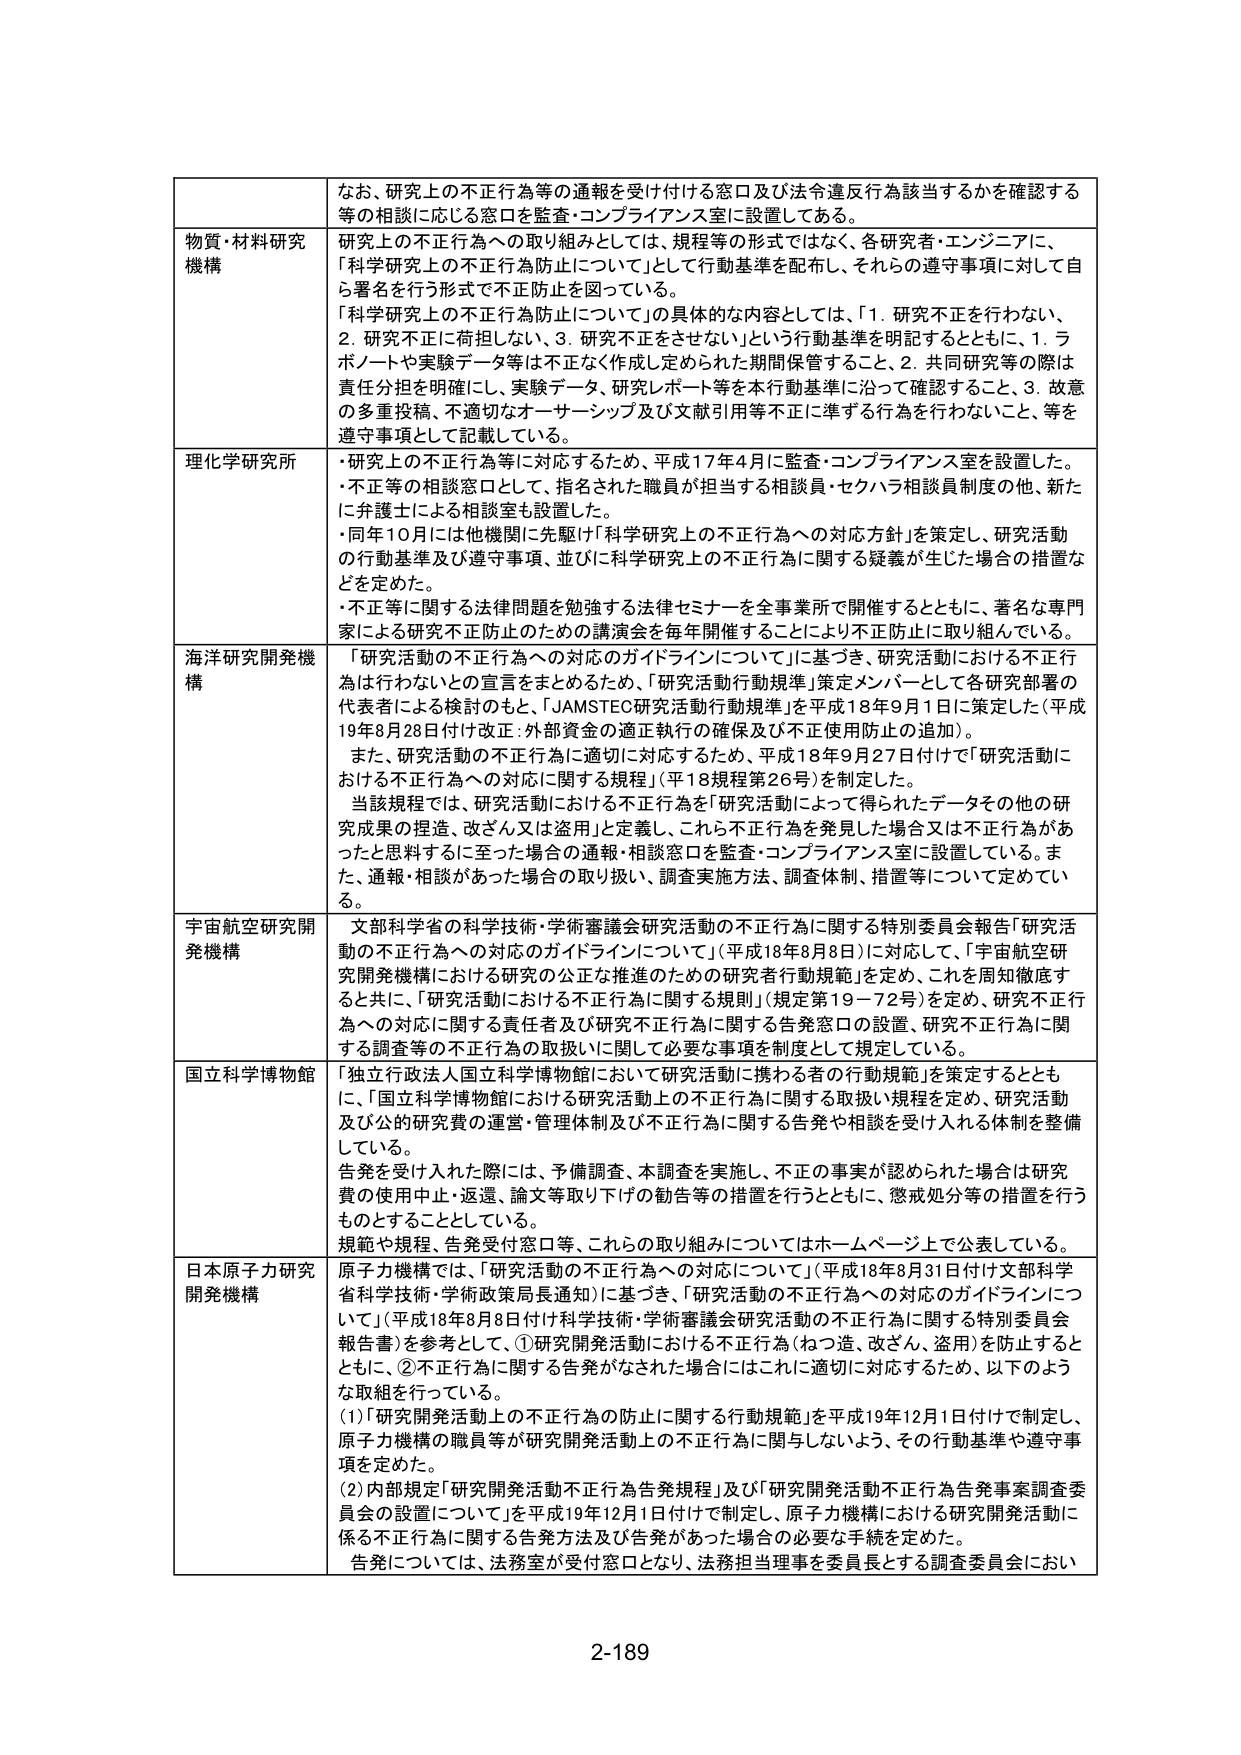
なお、研究上の不正行為等の通報を受け付ける窓口及び法令違反行為該当するかを確認する等の相談に応じる窓口を監査・コンプライアンス室に設置してある。

物質・材料研究機構
研究上の不正行為への取り組みとしては、規程等の形式ではなく、各研究者・エンジニアに、「科学研究上の不正行為防止について」として行動基準を配布し、それらの遵守事項に対して自ら署名を行う形式で不正防止に図っている。
「科学研究上の不正行為防止について」の具体的な内容としては、「1. 研究不正を行わない、2. 研究不正に荷担しない、3. 研究不正をさせない」という行動基準を明記するとともに、1. ラボノートや実験データ等は不正なく作成し定められた期間保管すること、2. 共同研究等の際は責任分担を明確にし、実験データ、研究レポート等を本行動基準に沿って確認すること、3. 故意の多重投稿、不適切なオーサーシップ及び文献引用等不正に準ずる行為を行わないこと、等を遵守事項として記載している。

理化学研究所
・研究上の不正行為等に対応するため、平成17年4月に監査・コンプライアンス室を設置した。
・不正等の相談窓口として、指名された職員が担当する相談員・セクハラ相談員制度の他、新たに弁護士による相談室も設置した。
・同年10月には他機関に先駆け「科学研究上の不正行為への対応方針」を策定し、研究活動の行動基準及び遵守事項、並びに科学研究上の不正行為に関する疑義が生じた場合の措置などを定めた。
・不正等に関する法律問題を勉強する法律セミナーを全事業所で開催するとともに、著名な専門家による研究不正防止のための講演会を毎年開催することにより不正防止に取り組んでいる。

海洋研究開発機構
「研究活動の不正行為への対応のガイドラインについて」に基づき、研究活動における不正行為は行わないとの宣言をまとめたため、「研究活動行動規準」策定メンバーとして各研究部署の代表者による検討のもと、「JAMSTEC研究活動行動規準」を平成18年9月1日に策定した（平成19年8月28日付け改正：外部資金の適正執行の確保及び不正使用防止の追加）。
また、研究活動の不正行為に適切に対応するため、平成18年9月27日付けで「研究活動における不正行為への対応に関する規程」（平18規程第26号）を制定した。
当該規程では、研究活動における不正行為を「研究活動によって得られたデータその他の研究成果の捏造、改ざん又は盗用」と定義し、これら不正行為を発見した場合又は不正行為があったと申告するに至った場合の通報・相談窓口を監査・コンプライアンス室に設置している。また、通報・相談があった場合の取り扱い、調査実施方法、調査体制、措置等について定めている。

宇宙航空研究開発機構
文部科学省の科学技術・学術審議会研究活動の不正行為に関する特別委員会報告「研究活動の不正行為への対応のガイドラインについて」（平成18年8月8日）に対応して、「宇宙航空研究開発機構における研究の公正な推進のための研究者行動規範」を定め、これを周知徹底すると共に、「研究活動における不正行為に関する規則」（規定第19－72号）を定め、研究不正行為への対応に関する責任者及び研究不正行為に関する告発窓口の設置、研究不正行為に関する調査等の不正行為の取扱いに関して必要な事項を規定として規定している。

国立科学博物館
「独立行政法人国立科学博物館において研究活動に携わる者の行動規範」を策定するとともに、「国立科学博物館における研究活動上の不正行為に関する取扱い規程を定め、研究活動及び公的研究費の運営・管理体制及び不正行為に関する告発や相談を受け入れる体制を整備している。
告発を受け入れた際には、予備調査、本調査を実施し、不正の事実が認められた場合は研究費の使用中止・返還、論文等取り下げの勧告等の措置を行うとともに、懲戒処分等の措置を行うものとすることとしている。
規範や規程、告発受付窓口等、これらの取り組みについてはホームページ上で公表している。

日本原子力研究開発機構
原子力機構では、「研究活動の不正行為への対応について」（平成18年8月31日付け文部科学省科学技術・学術政策局長通知）に基づき、「研究活動の不正行為への対応のガイドラインについて」（平成18年8月8日付け科学技術・学術審議会研究活動の不正行為に関する特別委員会報告書）を参考として、①研究開発活動における不正行為（ねつ造、改ざん、盗用）を防止するとともに、②不正行為に関する告発がなされた場合にはこれに適切に対応するため、以下のような取組を行っている。
(1)「研究開発活動上の不正行為の防止に関する行動規範」を平成19年12月1日付けで制定し、原子力機構の職員等が研究開発活動上の不正行為に関与しないよう、その行動基準や遵守事項を定めた。
(2)内部規定「研究開発活動不正行為告発規程」及び「研究開発活動不正行為告発事案調査委員会の設置について」を平成19年12月1日付けで制定し、原子力機構における研究開発活動に係る不正行為に関する告発方法及び告発があった場合の必要な手続を定めた。
告発については、法務室が受付窓口となり、法務担当理事を委員長とする調査委員会におい

2-189